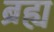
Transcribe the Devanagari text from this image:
ब्रह्य